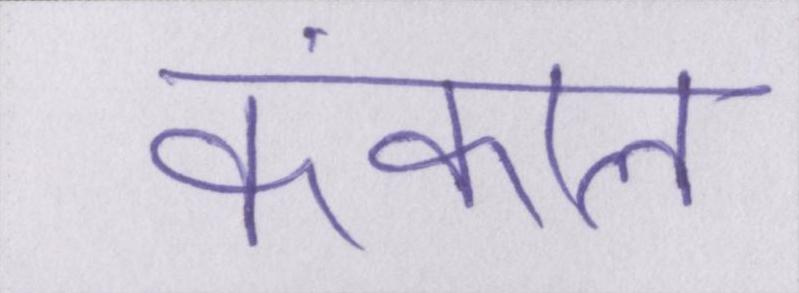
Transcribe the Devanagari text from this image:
कंकाल